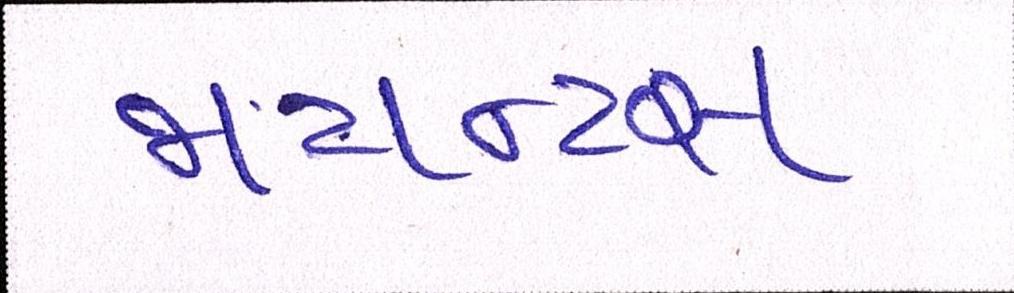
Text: જાયન્ટસ